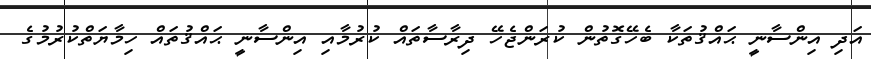
އަދި އިންސާނީ ޙައްޤުތަކާ ބެހޭގޮތުން ކުރަންޖެހޭ ދިރާސާތައް ކުރުމާއި އިންސާނީ ޙައްޤުތައް ހިމާޔަތްކުރުމުގެ